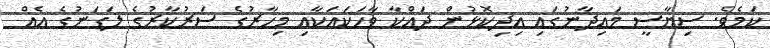
ކަމެވެ. ސިޔާސީ މައިދާނުގައި އިދިކޮޅުން ދައްކާ ވާހަކައަކާއި މިހާރުގެ ސަރުކާރުގެ ލަގަނުގެ އެއް